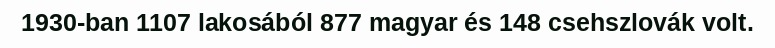
1930-ban 1107 lakosából 877 magyar és 148 csehszlovák volt.